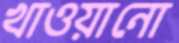
খাওয়ানো